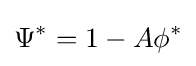
{\Psi }^{\ast }=1-A{\phi }^{\ast }